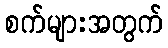
စက်များအတွက်